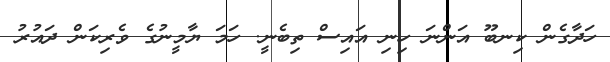
ހަދާގެން ކިނބޫ އަންނަ ހިނި އައިސް ތިބެނީ. ހަމަ ޔާމީނުގެ ވެރިކަން ދައުރު